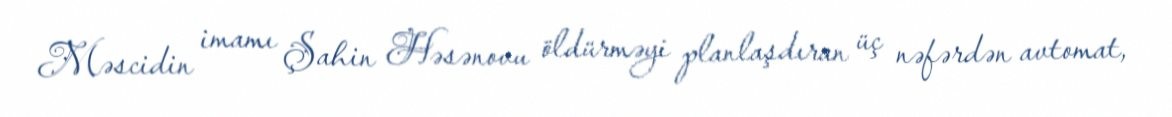
Məscidin imamı Şahin Həsənovu öldürməyi planlaşdıran üç nəfərdən avtomat,